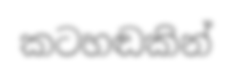
කටහඬකින්